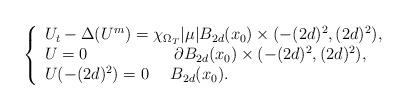
LaTeX: \begin{align*}\left\{ \begin{array}{l}{U_{t}}-{\Delta }(U^{m})=\chi _{\Omega _{T}}|\mu |B_{2d}(x_{0})\times (-(2d)^{2},(2d)^{2}), \\ {U}=0~~~~~~~~~~~~~~~~\partial B_{2d}(x_{0})\times(-(2d)^{2},(2d)^{2}), \\ U(-(2d)^{2})=0~~~~B_{2d}(x_{0}).\end{array}\right. \end{align*}